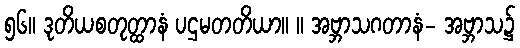
၅၆။ ဒုတိယစတုတ္ထာနံ ပဌမတတိယာ။ ။ အဗ္ဘာသဂတာနံ- အဗ္ဘာသ၌